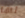
لها